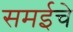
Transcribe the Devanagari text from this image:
समईचे